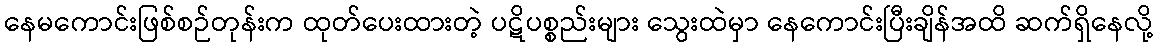
နေမကောင်းဖြစ်စဉ်တုန်းက ထုတ်ပေးထားတဲ့ ပဋိပစ္စည်းများ သွေးထဲမှာ နေကောင်းပြီးချိန်အထိ ဆက်ရှိနေလို့